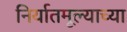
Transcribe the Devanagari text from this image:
निर्यातमूल्याच्या